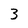
Character: 3